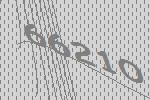
66210